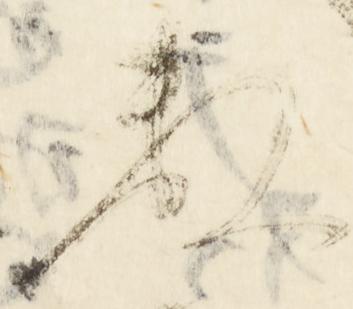
数